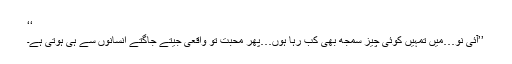
‘‘
’’آئی نو…میں تمہیں کوئی چیز سمجھ بھی کب رہا ہوں…پھر محبت تو واقعی جیتے جاگتے انسانوں سے ہی ہوتی ہے۔